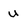
Character: u